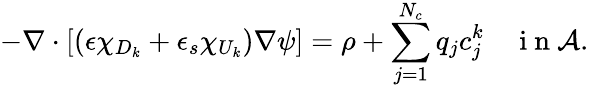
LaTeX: -\nabla\cdot[(\epsilon\chi_{D_{k}}+\epsilon_{s}\chi_{U_{k}})\nabla\psi]=\rho+\sum_{j=1}^{N_{c}}q_{j}c_{j}^{k}\quad\mathrm{~i~n~}\mathcal A.